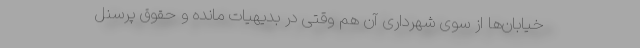
خیابان‌ها از سوی شهرداری آن هم وقتی در بدیهیات مانده و حقوق پرسنل